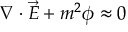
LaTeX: \nabla \cdot { \vec { E } } + m ^ { 2 } \phi \approx 0